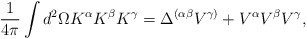
\begin{align*}\frac{1}{4\pi}\int d^{2}\Omega K^{\alpha}K^{\beta}K^{\gamma}=\Delta^{(\alpha\beta}V^{\gamma)}+V^{\alpha}V^{\beta}V^{\gamma},\end{align*}